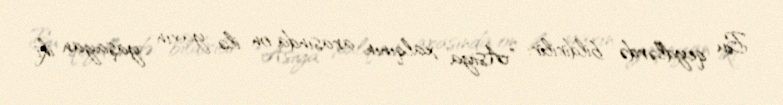
Bu qeydlərdə bildirilir: "Asiya xalqının arasında on ilə yaxın yaşayan iki